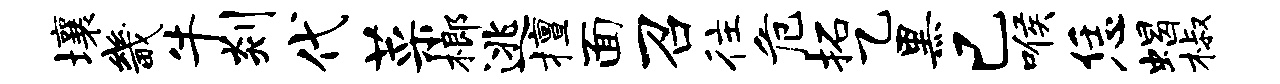
壤畿牛剡代菜榔逃擅面召往危拓乙黑已喉恁蝎椒